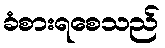
ခံစားရစေသည်